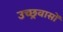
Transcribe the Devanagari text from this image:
उच्छ्रवासों